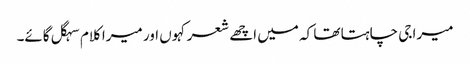
میرا جی چاہتا تھا کہ میں اچھے شعر کہوں اور میرا کلام سہگل گائے۔